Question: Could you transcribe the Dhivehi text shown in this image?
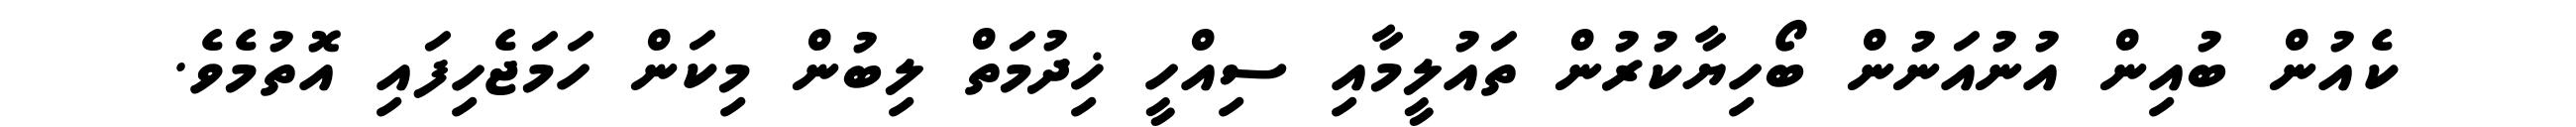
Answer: ކެއުން ބުއިން އުނުއަނުން ބޯހިޔާކުރުން ތައުލީމާއި ސިއްހީ ޚިދުމަތް ލިބުން މިކަން ހަމަޖެހިފައި އޮތުމެވެ.